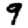
Digit: 9